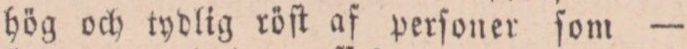
hög och tydlig röſt af perſoner ſom —